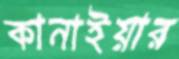
কানাইয়ার